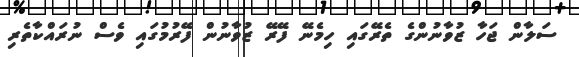
ސަލާން ޖަހާ ޒުވާނުންގެ ތެރޭގައި ހިމެނޭ ފޭރޭ ޒުވާނުން ފޭރުމުގައި ވެސް ނުރައްކާތެރި